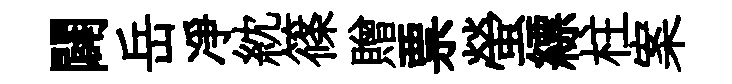
闢岳凈紞篠贈票螢縹柱案